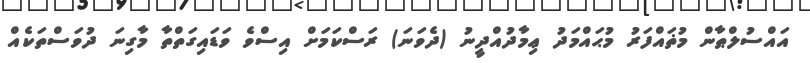
އައްސުލްޠާން މުޡައްފަރު މުޙައްމަދު ޢިމާދުއްދީނު (ދެވަނަ) ރަސްކަމަށް އިސްވެ ވަޑައިގަތްތާ މާގިނަ ދުވަސްތަކެއް